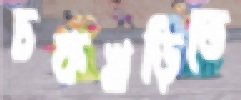
চকখড়িতে